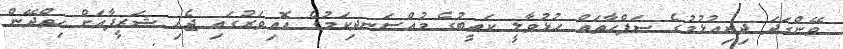
ވޭންގަދަ ދިރިއުޅުމުގެ ޞަފްޙާތައް ހުޅުވާލީ ކަތީބުގެ މުއްސަނދިކަމުގެ އޮއިވަރުގައި ޖެހި ޝަރީފާއަށް ހިތްދޭން